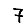
Digit: 7